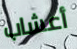
أعشاب